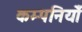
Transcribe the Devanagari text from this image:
कम्पनियोँ